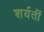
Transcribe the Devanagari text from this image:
शर्यतीं